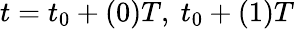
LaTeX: t=t_{0}+(0)T,\ t_{0}+(1)T